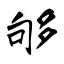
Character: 够